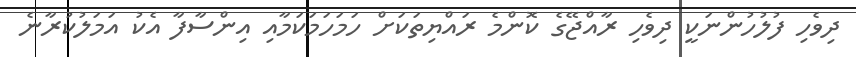
ދިވެހި ފުލުހުންނަކީ ދިވެހި ރާއްޖޭގެ ކޮންމެ ރައްޔިތަކަށް ހަމަހަމަކަމާއި އިންސާފާ އެކު އަމަލުކުރާނެ